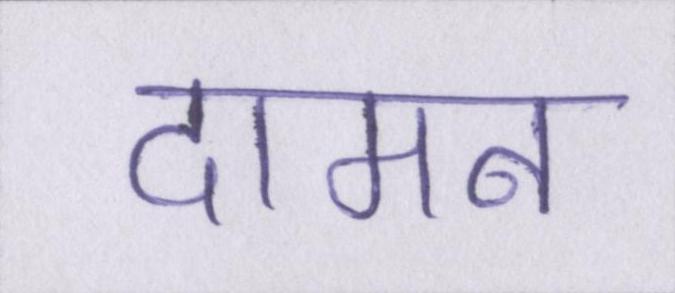
दामन